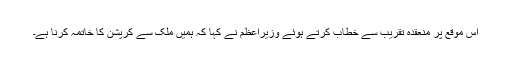
اس موقع پر منعقدہ تقریب سے خطاب کرتے ہوئے وزیراعظم نے کہا کہ ہمیں ملک سے کرپشن کا خاتمہ کرنا ہے۔